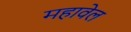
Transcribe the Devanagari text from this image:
महावेल